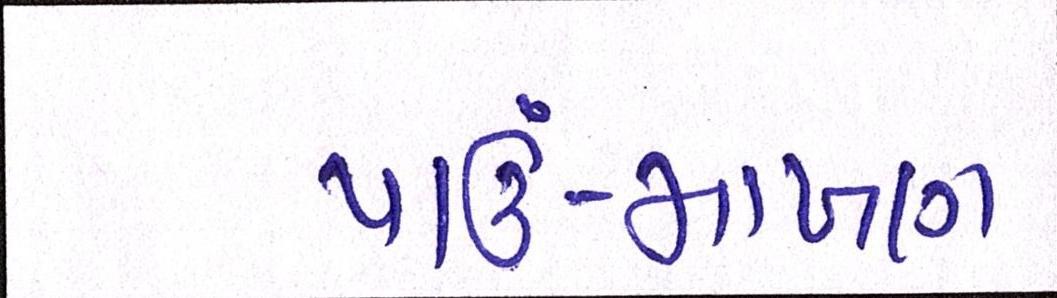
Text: પાઉં-માખણ